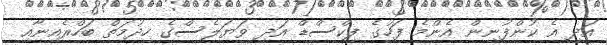
އަދި އެ ކުންފުނިން އެންމެ ފަހުގެ ފިކްސްޑް އަދި ވަޔަލެސްގެ ހިދުމަތް ބަހްރެއިނާއި